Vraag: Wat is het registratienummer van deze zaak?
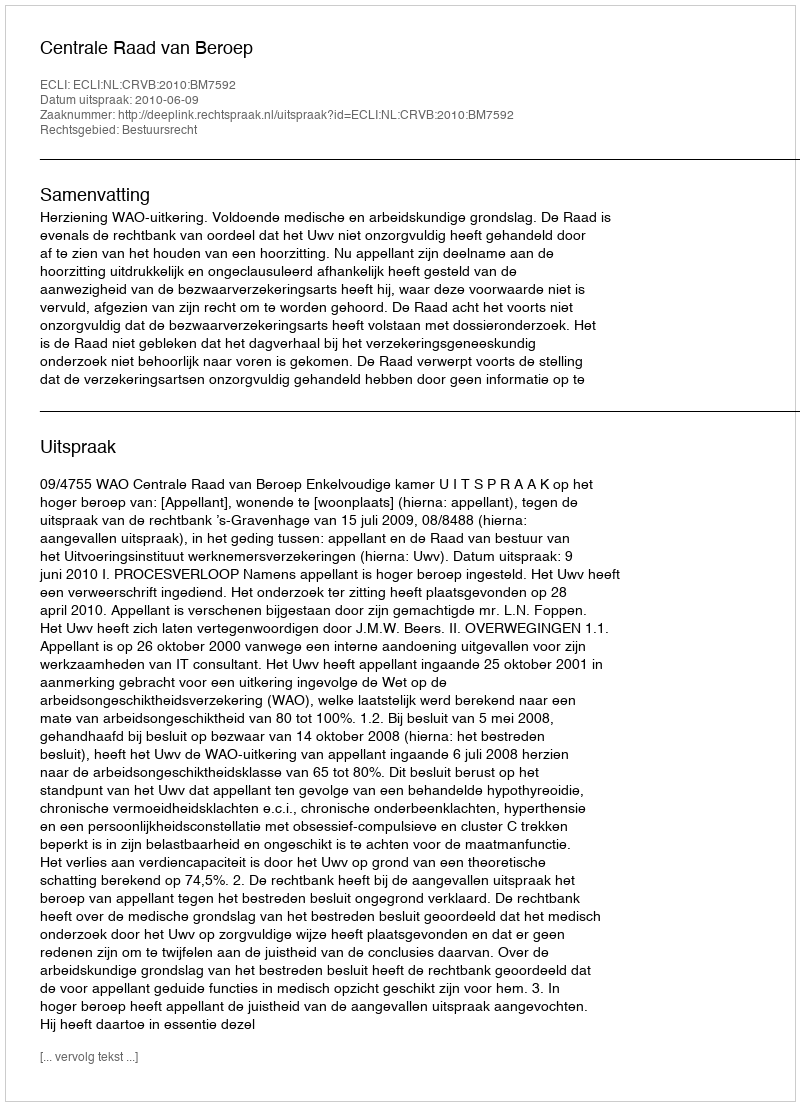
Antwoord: http://deeplink.rechtspraak.nl/uitspraak?id=ECLI:NL:CRVB:2010:BM7592